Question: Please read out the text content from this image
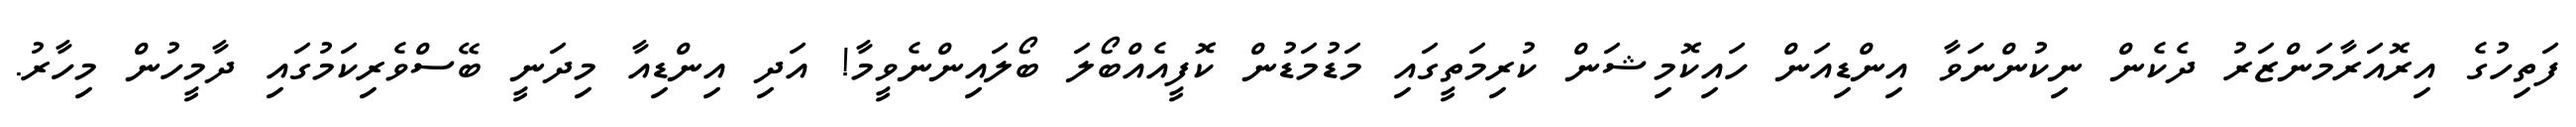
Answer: ފަތިހުގެ އިރޮއަރާމަންޒަރު ދެކެން ނިކުންނަވާ އިންޑިއަން ހައިކޮމިޝަން ކުރިމަތީގައި މަޑުމަޑުން ކޮފީއެއްބޯލަ ބޯލައިންނެވީމާ! އަދި އިންޑިއާ މިދަނީ ބޭސްވެރިކަމުގައި ދާމީހުން މިހާރު.